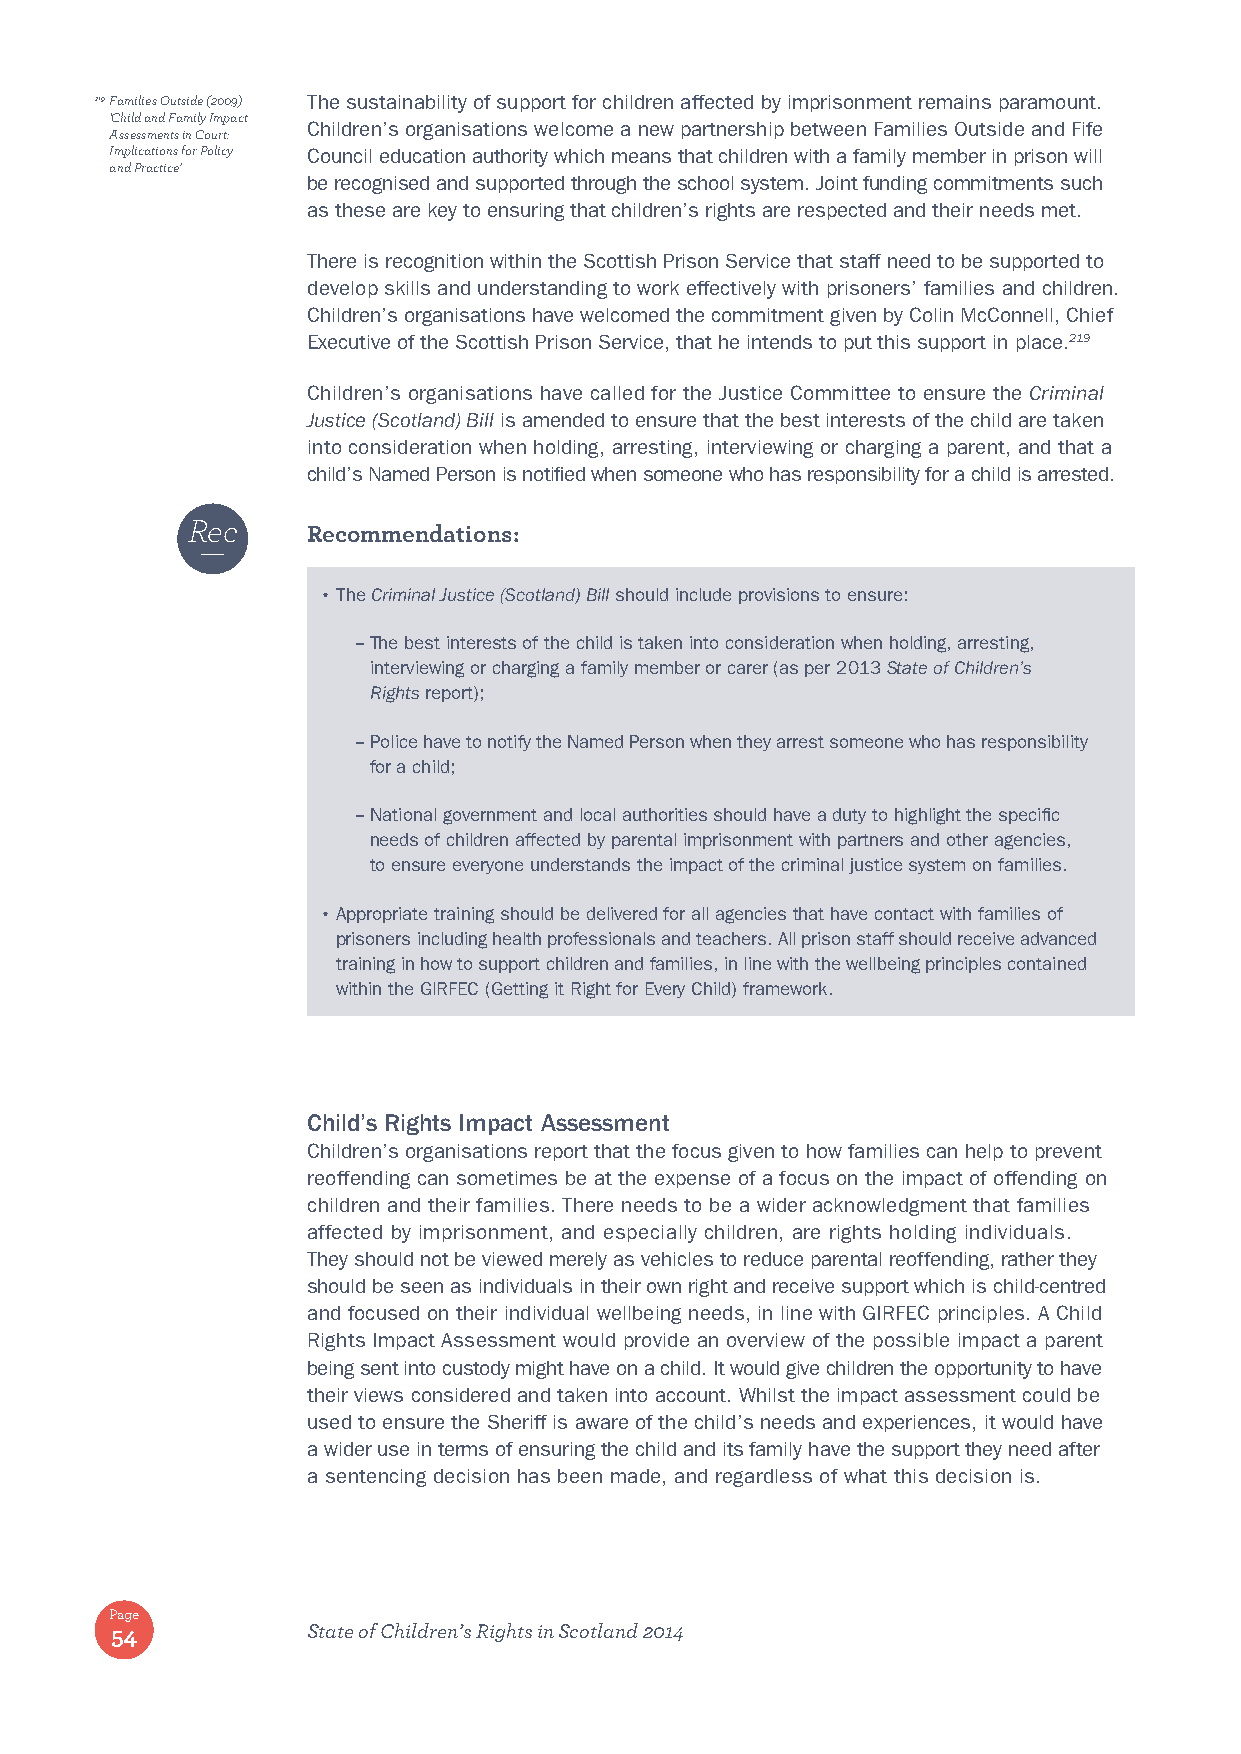
219 Families Outside (2009) The sustainability of support for children affected by imprisonment remains paramount.
 ‘Child and Family Impact
 Children’s organisations welcome a new partnership between Families Outside and Fife
 Assessments in Court:
 Implications for Policy Council education authority which means that children with a family member in prison will
 and Practice’
 be recognised and supported through the school system. Joint funding commitments such
 as these are key to ensuring that children’s rights are respected and their needs met.
 There is recognition within the Scottish Prison Service that staff need to be supported to
 develop skills and understanding to work effectively with prisoners’ families and children.
 Children’s organisations have welcomed the commitment given by Colin McConnell, Chief
 Executive of the Scottish Prison Service, that he intends to put this support in place.219
 Children’s organisations have called for the Justice Committee to ensure the Criminal
 Justice (Scotland) Bill is amended to ensure that the best interests of the child are taken
 into consideration when holding, arresting, interviewing or charging a parent, and that a
 child’s Named Person is notified when someone who has responsibility for a child is arrested.
 Rec
 Recommendations:
 • The Criminal Justice (Scotland) Bill should include provisions to ensure:
 – T he best interests of the child is taken into consideration when holding, arresting,
 interviewing or charging a family member or carer (as per 2013 State of Children’s
 Rights report);
 – P olice have to notify the Named Person when they arrest someone who has responsibility
 for a child;
 – N ational government and local authorities should have a duty to highlight the specific
 needs of children affected by parental imprisonment with partners and other agencies,
 to ensure everyone understands the impact of the criminal justice system on families.
 • A ppropriate training should be delivered for all agencies that have contact with families of
 prisoners including health professionals and teachers. All prison staff should receive advanced
 training in how to support children and families, in line with the wellbeing principles contained
 within the GIRFEC (Getting it Right for Every Child) framework.
 Child’s Rights Impact Assessment
 Children’s organisations report that the focus given to how families can help to prevent
 reoffending can sometimes be at the expense of a focus on the impact of offending on
 children and their families. There needs to be a wider acknowledgment that families
 affected by imprisonment, and especially children, are rights holding individuals.
 They should not be viewed merely as vehicles to reduce parental reoffending, rather they
 should be seen as individuals in their own right and receive support which is child-centred
 and focused on their individual wellbeing needs, in line with GIRFEC principles. A Child
 Rights Impact Assessment would provide an overview of the possible impact a parent
 being sent into custody might have on a child. It would give children the opportunity to have
 their views considered and taken into account. Whilst the impact assessment could be
 used to ensure the Sheriff is aware of the child’s needs and experiences, it would have
 a wider use in terms of ensuring the child and its family have the support they need after
 a sentencing decision has been made, and regardless of what this decision is.
 Page
 54           State of Children’s Rights in Scotland 2014